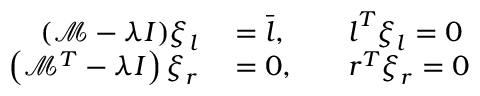
\begin{array} { r l r l } { ( \mathcal { M } - \lambda I ) \boldsymbol { \xi } _ { l } } & { { } = \bar { \boldsymbol { l } } , } & { } & { { } \boldsymbol { l } ^ { T } \boldsymbol { \xi } _ { l } = 0 } \\ { \left( \mathcal { M } ^ { T } - \lambda I \right) \boldsymbol { \xi } _ { r } } & { { } = 0 , } & { } & { { } \boldsymbol { r } ^ { T } \boldsymbol { \xi } _ { r } = 0 } \end{array}